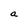
Character: a